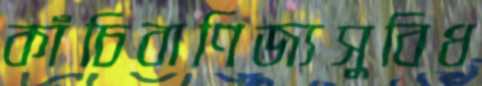
কাঁচিবাণিজ্যসুবিধ